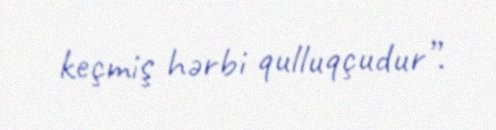
keçmiş hərbi qulluqçudur”.